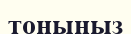
тоныңыз